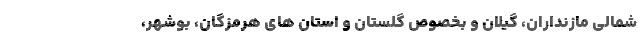
شمالی مازنداران، گیلان و بخصوص گلستان و استان های هرمزگان، بوشهر،